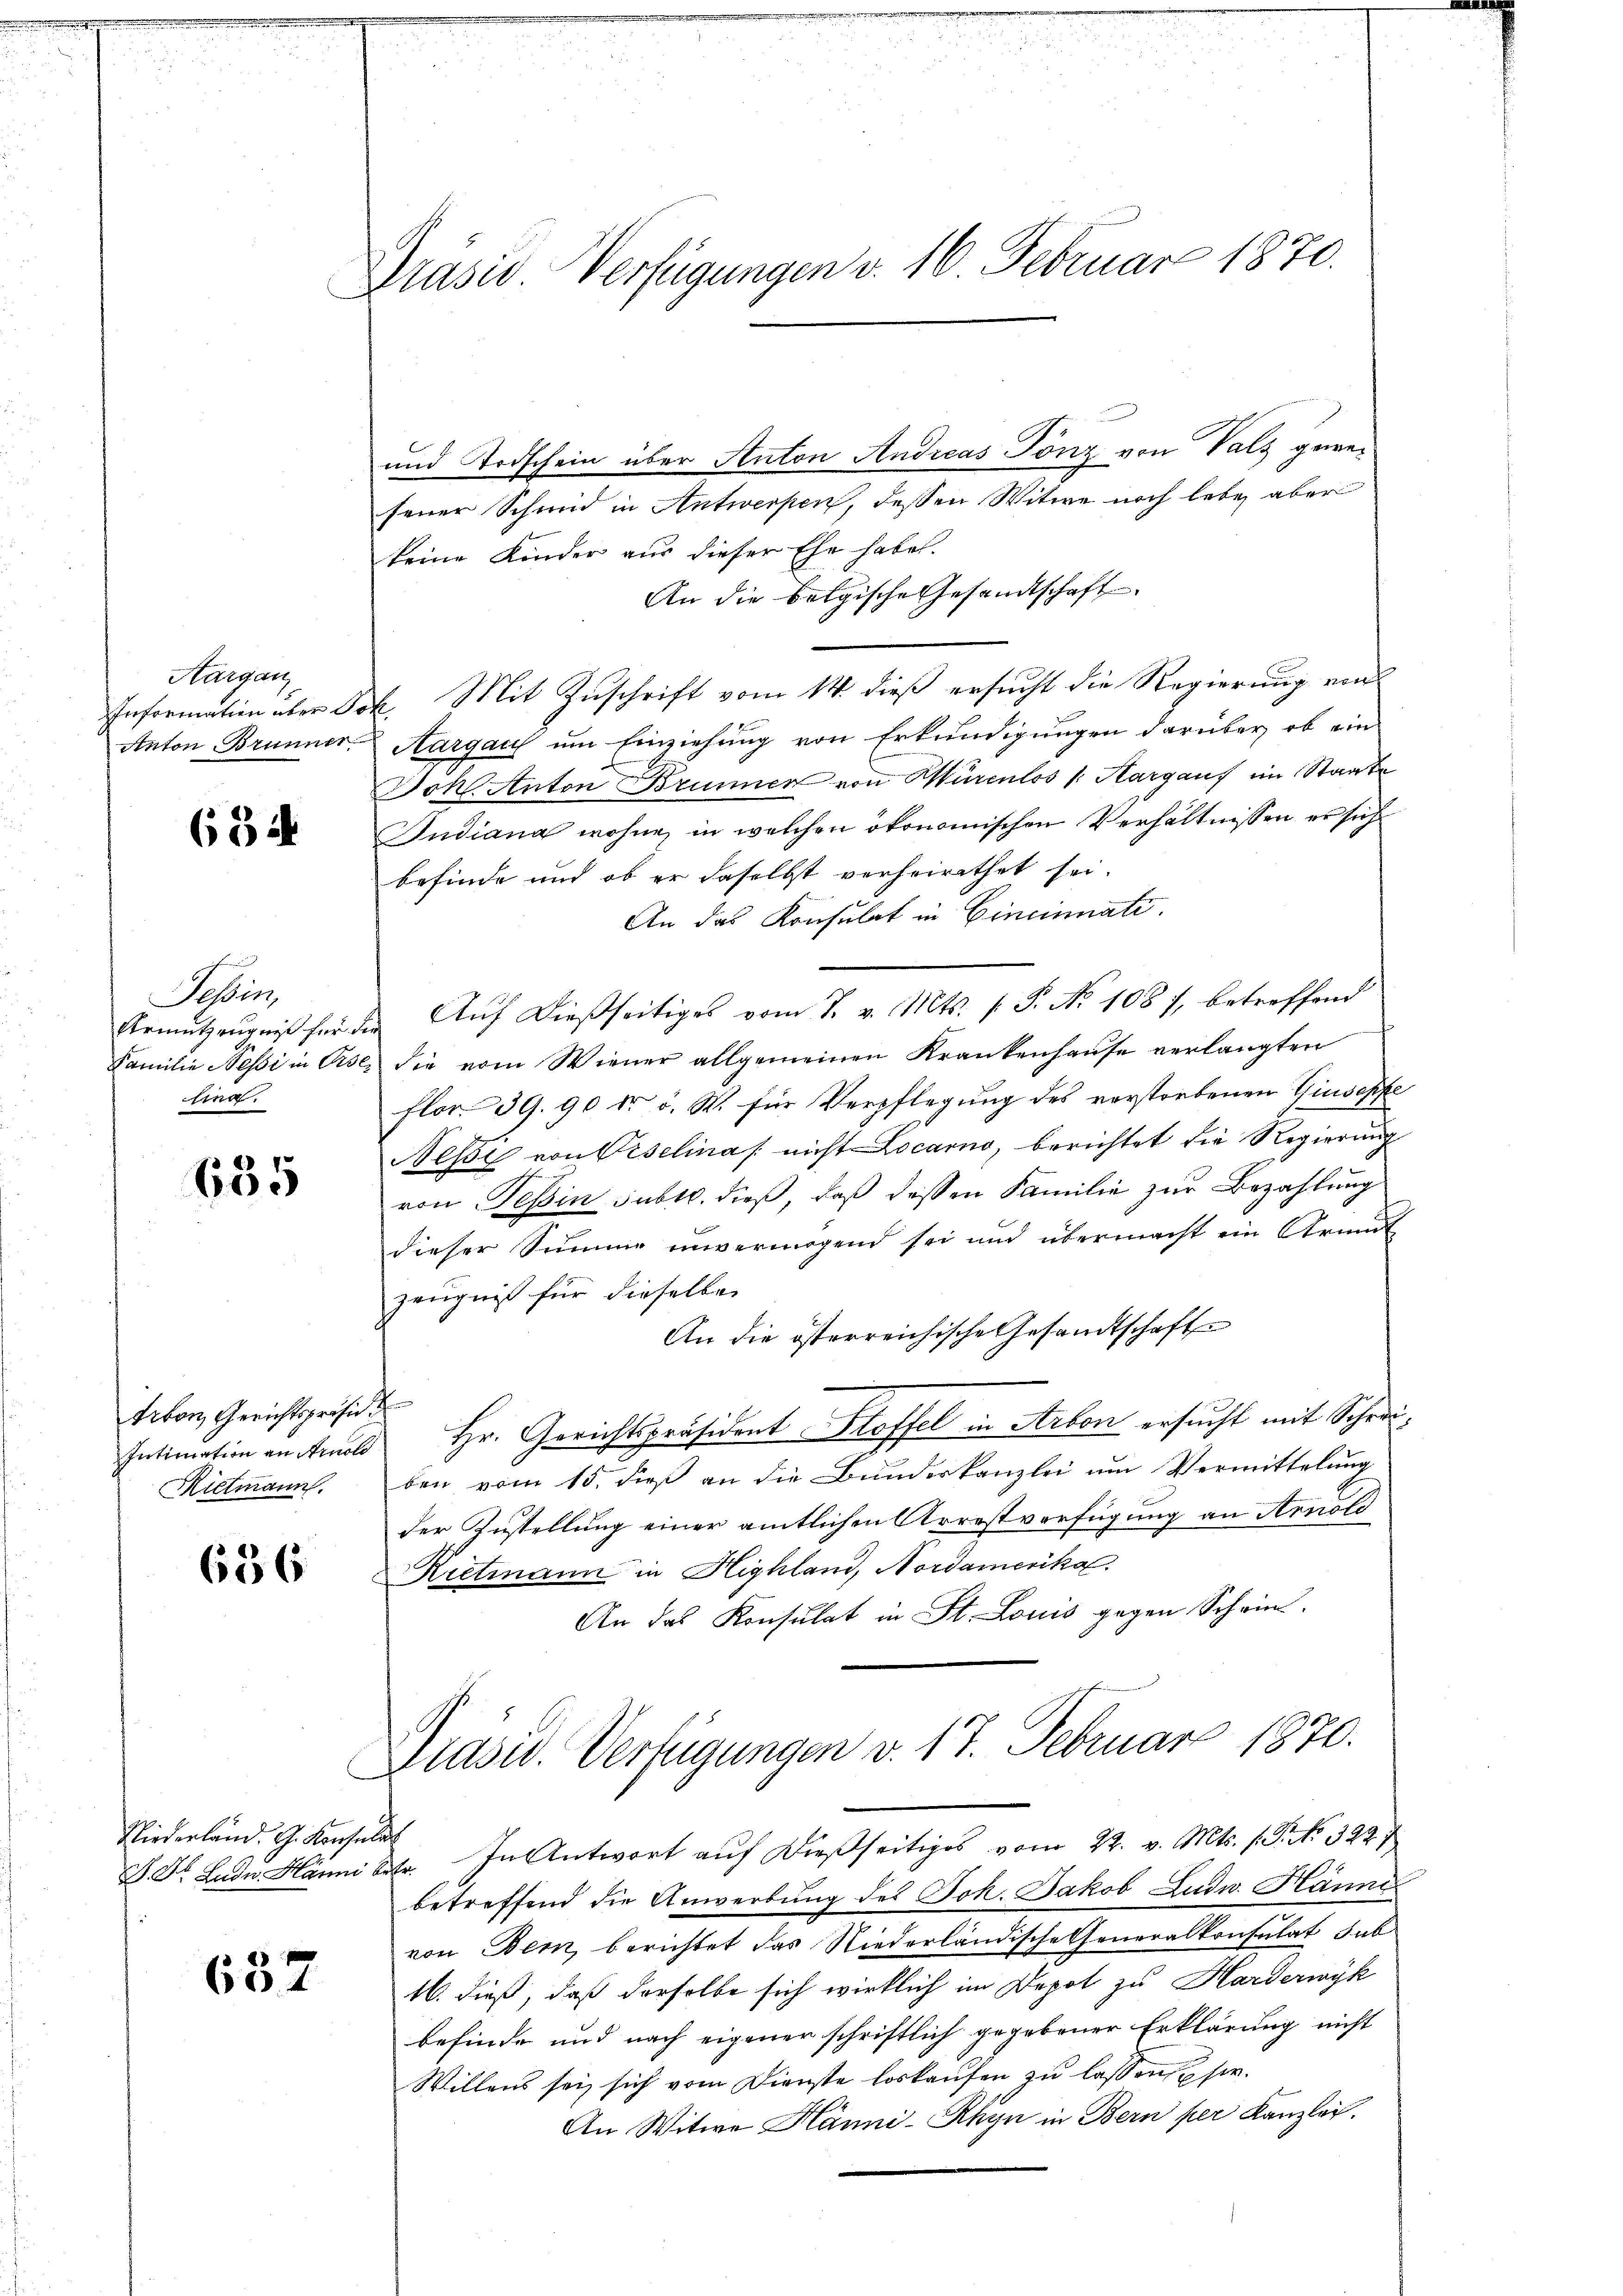
Aargau

634

Tessin,
Urmutzeugniß für d
Familie Nessi in Pro
lina.

685

tikon, Gerichtspräsid
Intimation an Arnold
Rielmann.

636

Niederland. G. Konsula

657

Präsid Verfügungen v. 16. Februar 1870.

und Todschein über Anton Andreas Tönz von Vals gewesener Schmid in Antwerpen, dessen Witwe noch lebe, aber
keine Kinder aus dieser Ehe habe.
An die belgische Gesandtschaft
Information über Joh. Mit Zuschrift vom 14. dieß ersucht die Regierung ein
Anton Brunner Aargau um Einziehung von Erkundigungen darüber, ob ein
Johl Anton Brunner von Mürenlos /: Margau im Staate
Judiana wohne in welchen ökonomischen Verhältnissen er sich
befinde und ob er daselbst verheirathet sei.
An das Konsulat in Cincinate.
 Aŭf dießseitiges vom 8. v. Mts. 1. P. No 1081, betreffend
se, die vom Wiener allgemeinen Krankenhause verlangten
Flor. 39. 90 dr. v. W. für Verpflegung des verstorbenen Giuseppe
Nesse von Piselinas nicht Locarno, berichtet die Regierung
von Tessin subtr. dieß, daß dessen Familie zur Bezahlung
dieser Summe unvermögend sei und übermacht ein Armut
Zeugniß für dieselbe
An die österreichische Gesandtschaft
Hr. Gerichtspräsident Stoffel in Arbon ersucht mit Schreiben vom 15. dieß an die Bundeskanzlei um Vermittelung
der Zustellung einer amtlichen Arrestverfügung an Arnold
Rietmann in Highland, Nordamerika
An das Konsulat in St. Louis gegen Schrie¬
Diasw. Verfügungen v. 17. Februar 1870.
S. St. Lade Hänni sehr. In Antwort auf dießseitiges vom 22. v. Mts. 1. P. Nr. 3227
betreffend die Anwerbung des Joh. Jakob Ludw. Hänn
von Bern, berichtet das Niederländische Generalkonsulat hab
16. dieß, daß derselbe sich wirklich im Depot zu Harderwyk
befinde und nach eigener schriftlich gegebener Erklärung nicht
Willens sei, sich vom Dienste Loskaufen zu lassen sie.
An Witwe Hänni-Rhyn in Bern per Kanzlei.